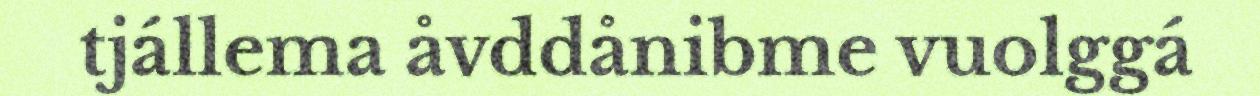
tjállema åvddånibme vuolggá